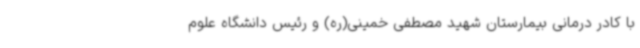
با کادر درمانی بیمارستان شهید مصطفی خمینی(ره) و رئیس دانشگاه علوم